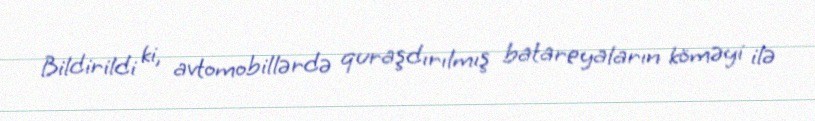
Bildirildi ki, avtomobillərdə quraşdırılmış batareyaların köməyi ilə